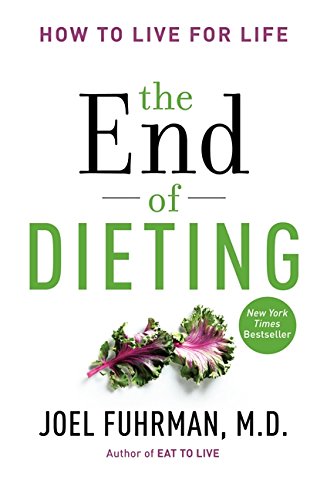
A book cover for The End of Dieting: How to Live for Life; Joel Fuhrman; Health, Fitness & Dieting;